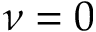
\nu = 0